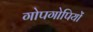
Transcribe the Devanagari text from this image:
गोपगोपियों